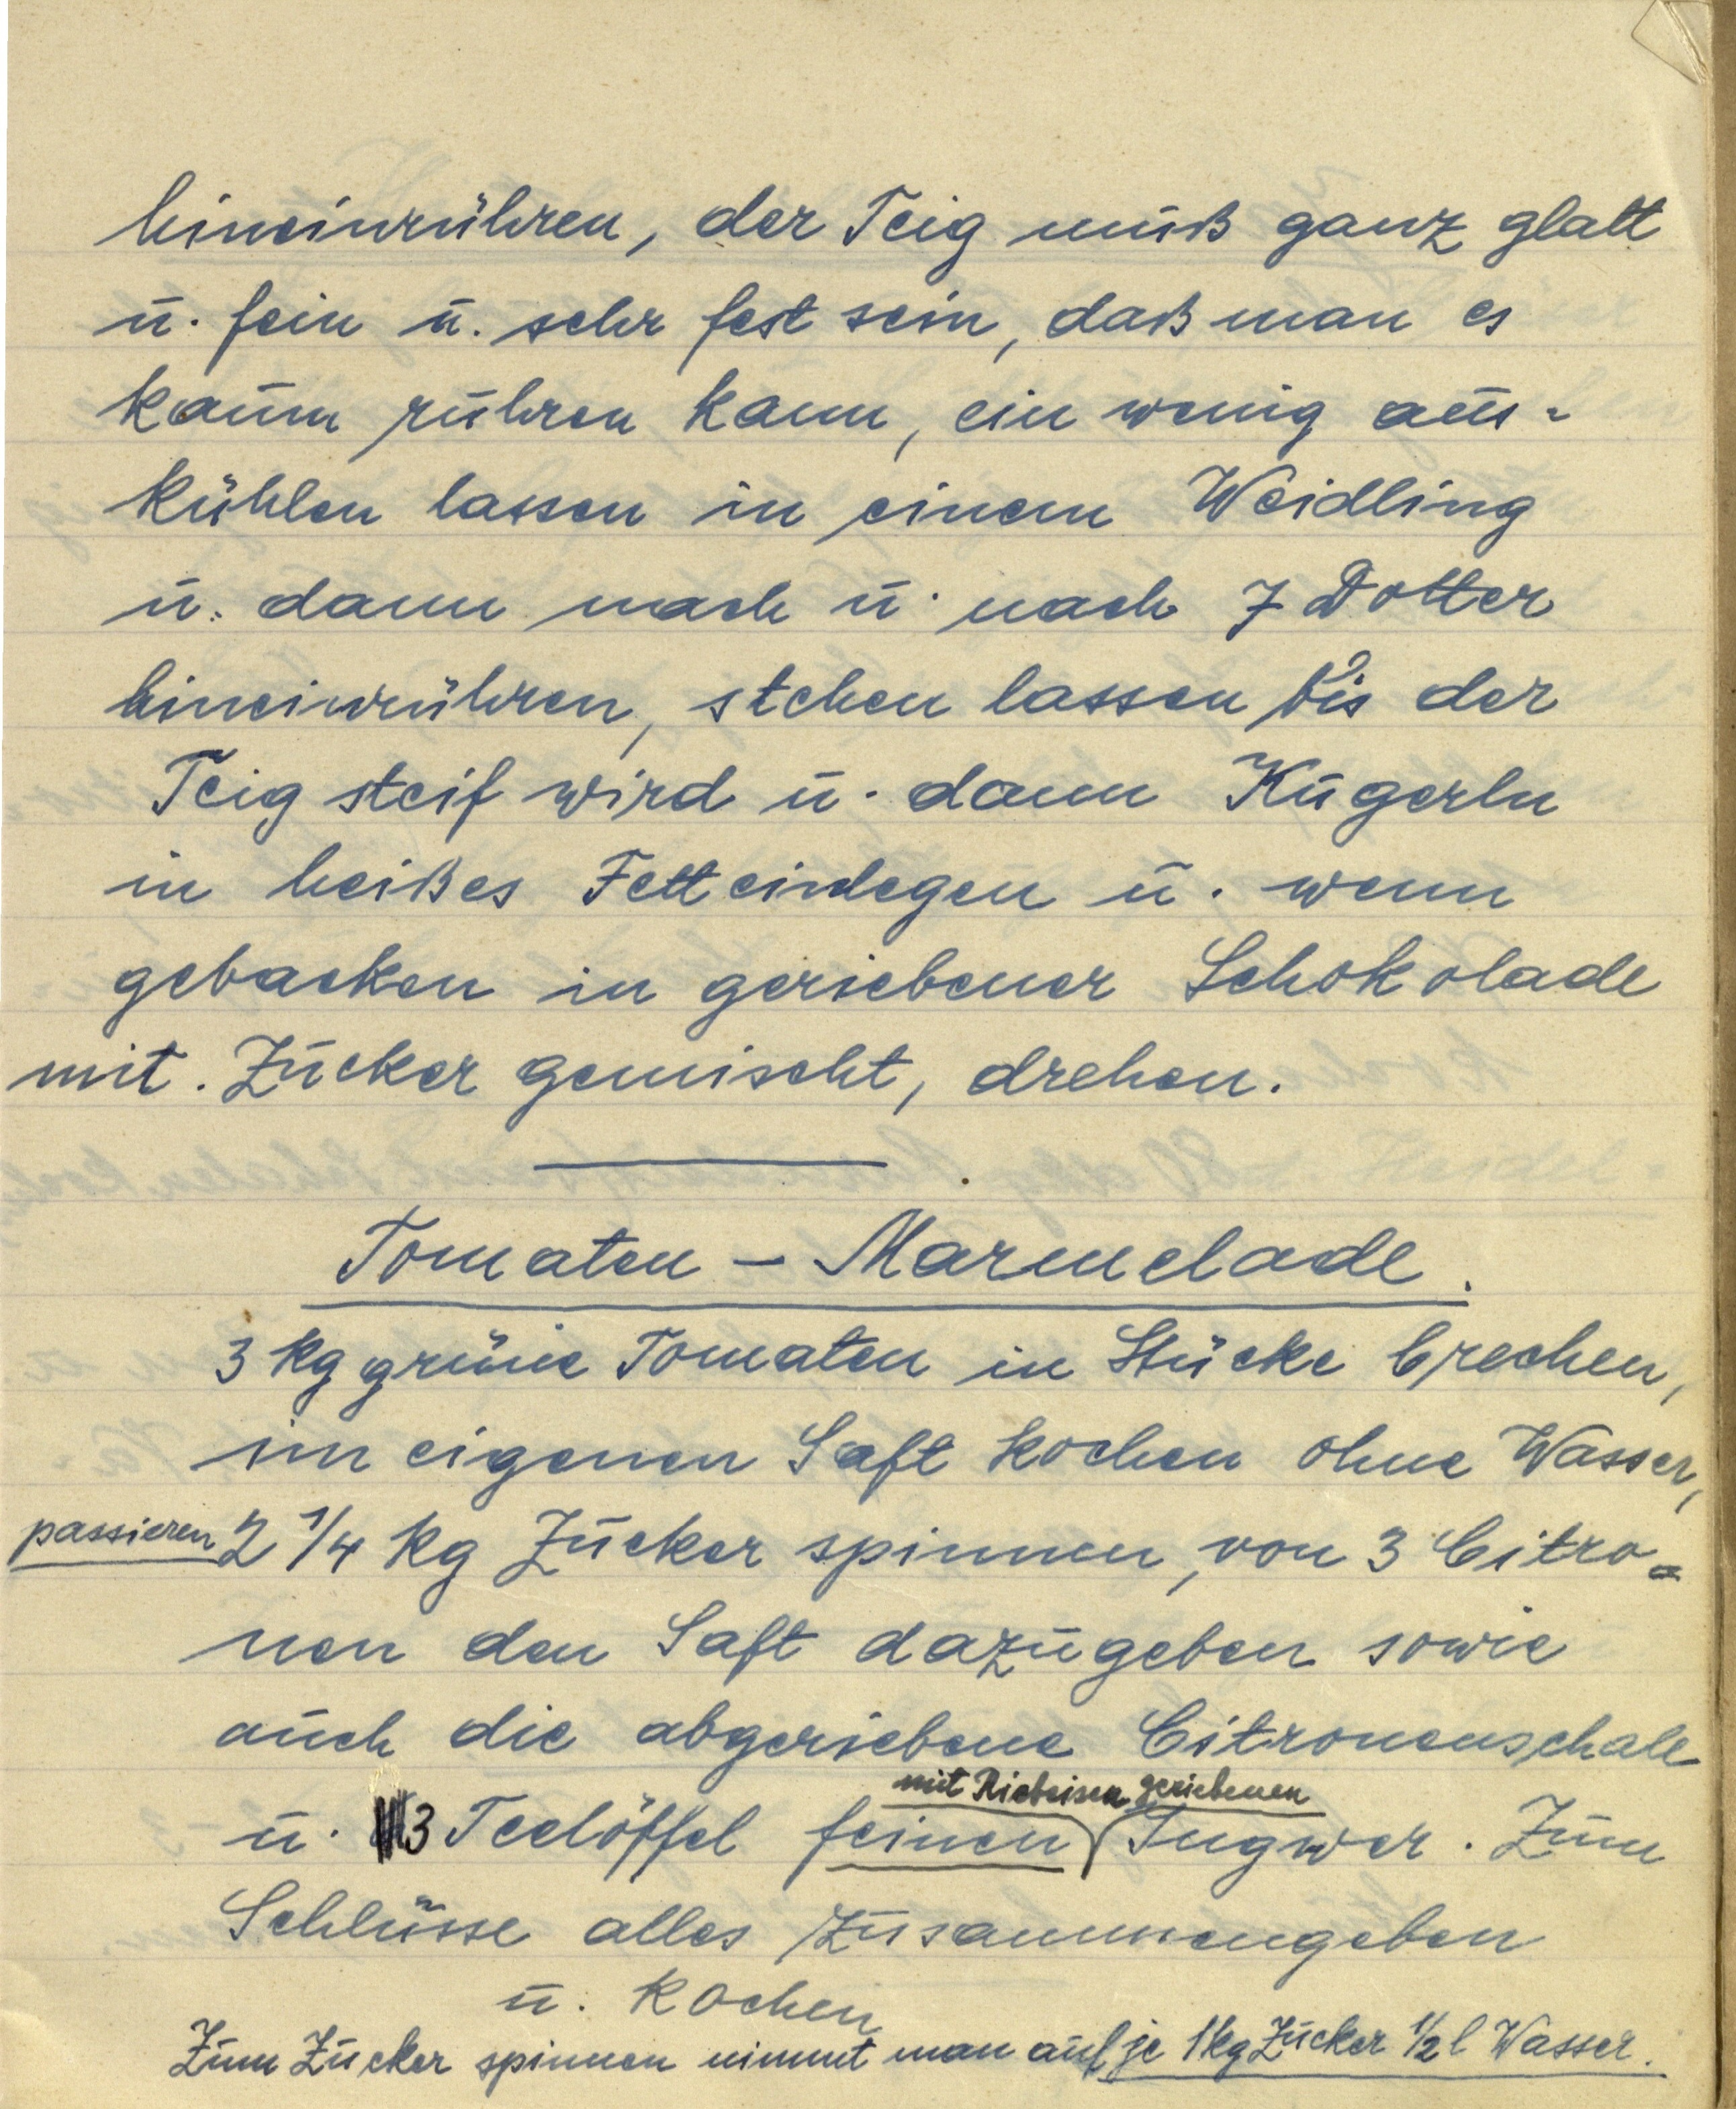
hineinrühren, der Teig muß ganz glatt
u. fein u. sehr fest sein, daß man es
kaum rühren kann, ein wenig aus¬
kühlen lassen in einem Weidling
u. dann nach u. nach 7 Dotter
hineinrühren, stehen lassen bis der
Teig steif wird u. dann Kugerln
in heißes Fett einlegen u. wenn
gebacken in geriebener Schokolade
mit Zucker gemischt, drehen.

Tomaten — Marmelade.
3 kg grüne Tomaten in Stücke brechen,
im eigenen Saft kochen ohne Wasser,
passieren 2 ¼ kg Zucker spinnen, von 3 Citro¬
nen den Saft dazugeben sowie
auch die abgeriebene Citronenschale
u. 6 3 Teelöffel feinen mit Riebeisen geriebenen Ingwer. Zum
Schlusse alles zusammengeben
u. kochen
Zum Zucker spinnen nimmt man auf je 1 kg Zucker ½ l Wasser.